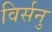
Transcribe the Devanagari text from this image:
विर्सनु